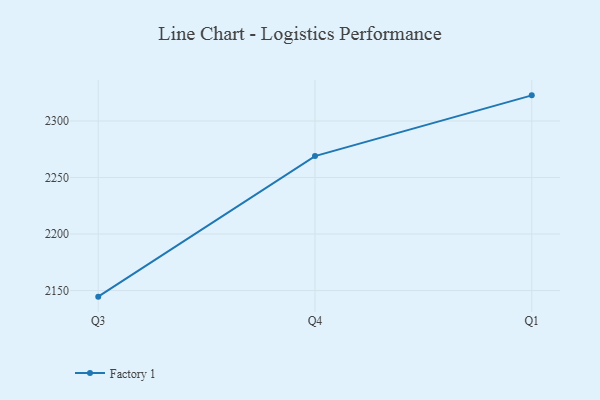
{"axis": {"x": "Quarter", "y": "Active Users"}, "legend": ["Factory 1"], "data": [{"x": "Q3", "y": 2144.6, "type": "Factory 1"}, {"x": "Q4", "y": 2269.0, "type": "Factory 1"}, {"x": "Q1", "y": 2322.7, "type": "Factory 1"}]}